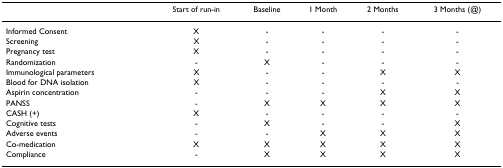
|  | Start of run-in | Baseline | 1 Month | 2 Months | 3 Months (@) |
 | --- | --- | --- | --- | --- | --- |
 | Informed Consent | X | - | - | - | - |
 | Screening | X | - | - | - | - |
 | Pregnancy test | X | - | - | - | - |
 | Randomization | - | X | - | - | - |
 | Immunological parameters | X | - | - | X | X |
 | Blood for DNA isolation | X | - | - | - | - |
 | Aspirin concentration | - | - | - | X | X |
 | PANSS | - | X | X | X | X |
 | CASH (+) | X | - | - | - | - |
 | Cognitive tests | - | X | - | - | X |
 | Adverse events | - | - | X | X | X |
 | Co-medication | X | X | X | X | X |
 | Compliance | - | X | X | X | X |